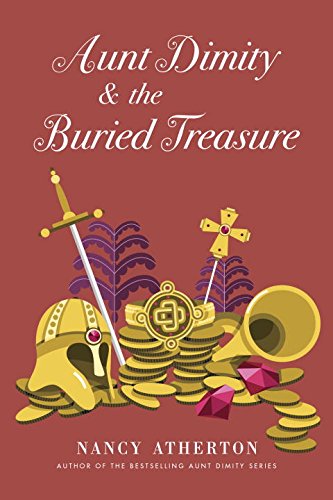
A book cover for Aunt Dimity and the Buried Treasure; Nancy Atherton; Mystery, Thriller & Suspense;